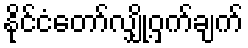
နိုင်ငံတော်လျှို့ဝှက်ချက်